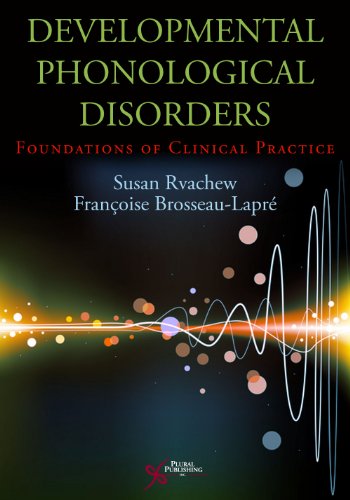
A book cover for Developmental Phonological Disorders: Foundations of Clinical Practice; Susan Rvachew; Medical Books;